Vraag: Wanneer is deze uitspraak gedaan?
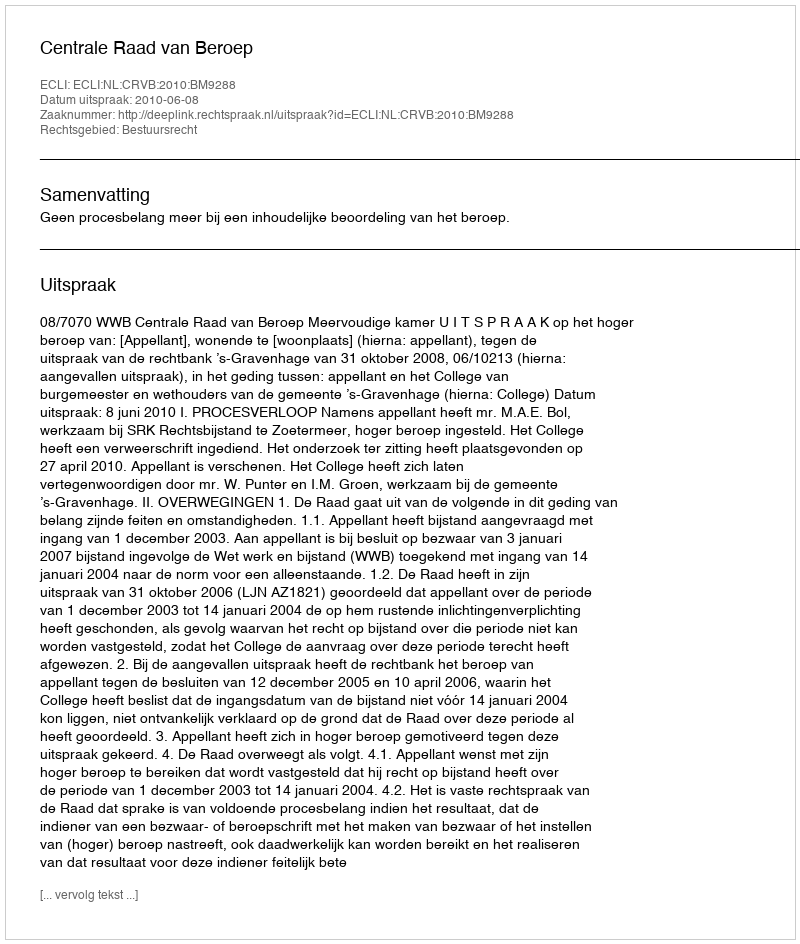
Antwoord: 2010-06-08